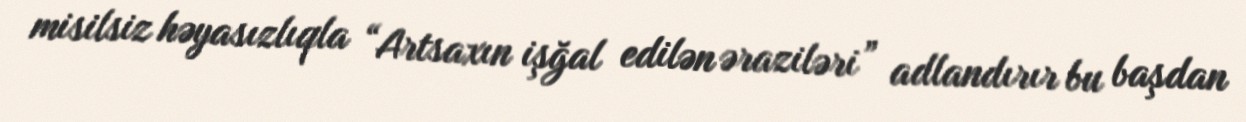
misilsiz həyasızlıqla “Artsaxın işğal edilən əraziləri” adlandırır bu başdan